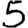
Digit: 5